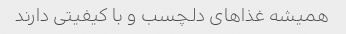
همیشه غذاهای دلچسب و با کیفیتی دارند